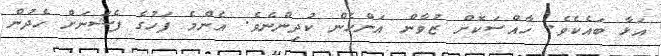
އަޅާ ބައެކެވެ. ހާއްސަކޮށް ޒުވާން އަންހެން ކުދިންނެވެ. އެންމެ ފަހުގެ ފެޝަނަށް ހެދުން